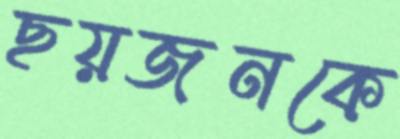
ছয়জনকে